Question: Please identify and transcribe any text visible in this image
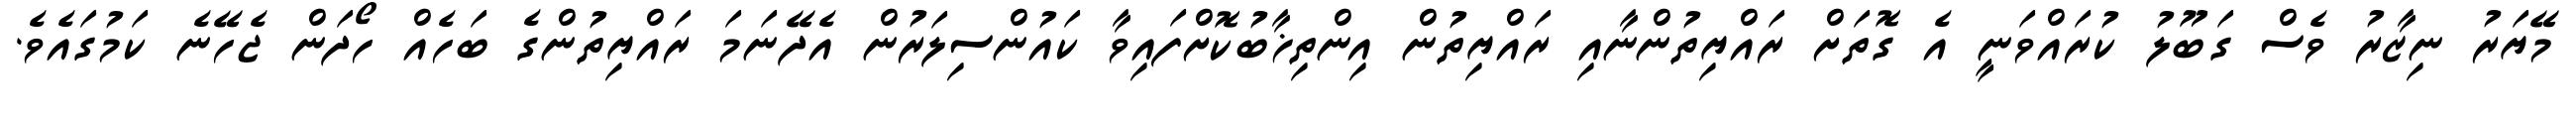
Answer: މޭޔަރު ނިޒާރު ވެސް ގަބޫލު ކުރައްވަނީ އެ ގޮތަށް ރައްޔިތުންނާއި ރައްޔިތުން އިންތިޚާބުކޮށްފައިވާ ކައުންސިލަރުން އެދޭނަމަ ރައްޔިތުންގެ ބަހެއް ހޯދަން ޖެހޭނެ ކަމުގައެވެ.